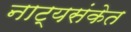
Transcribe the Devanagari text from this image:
नाट्यसंकेत